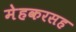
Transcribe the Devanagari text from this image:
मेहकरसह